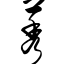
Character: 莠